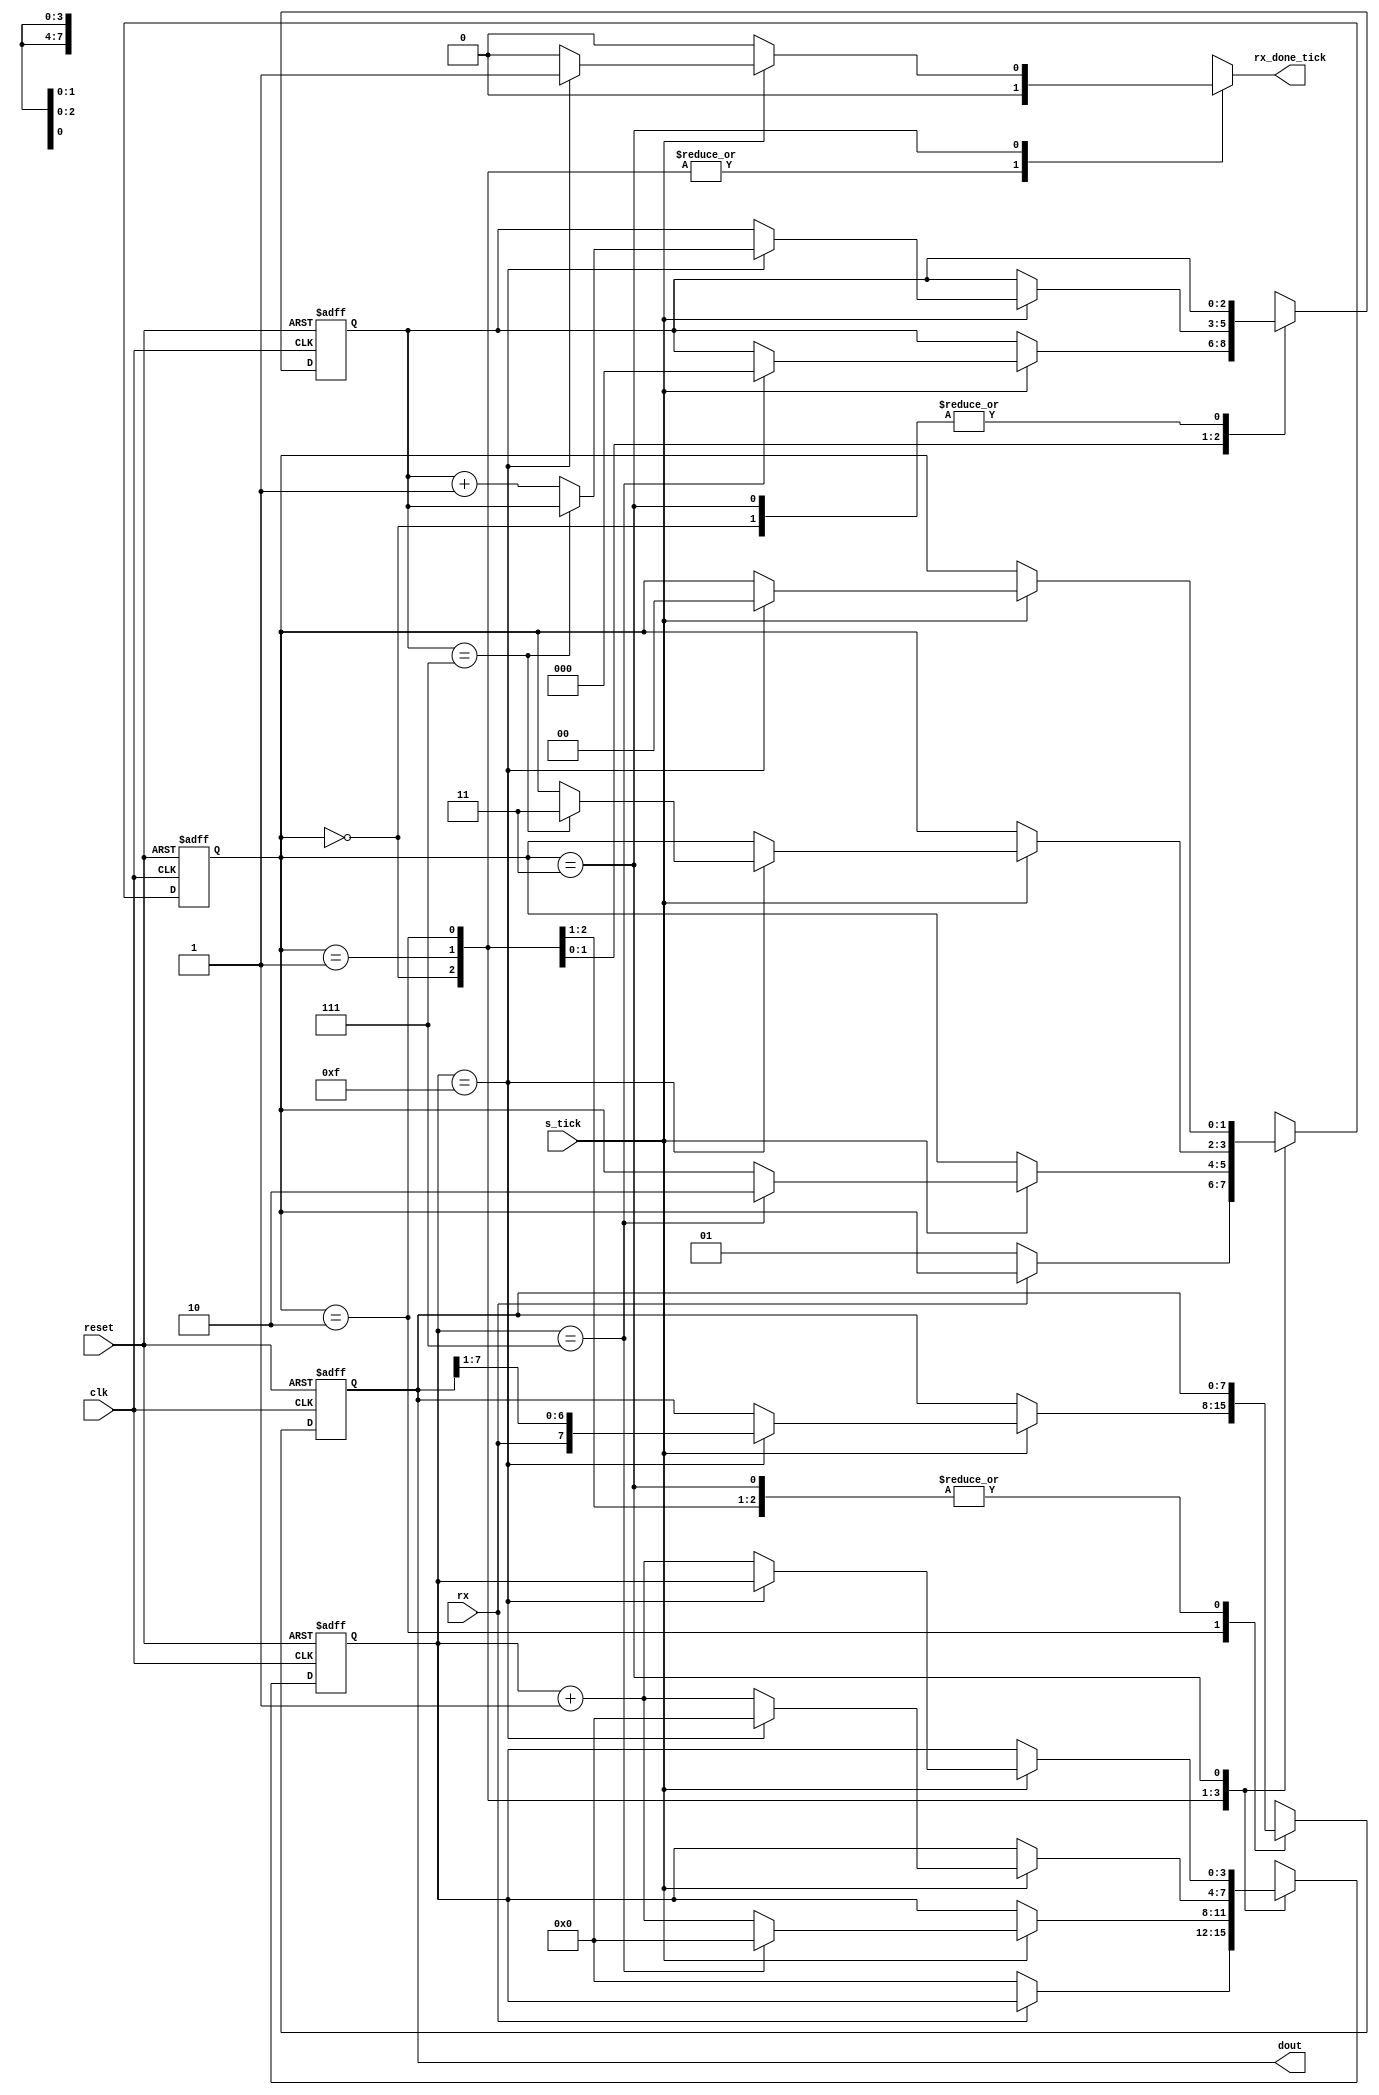
module uart_rx
   #(
     parameter DBIT = 8,     // # data bits
               SB_TICK = 16  // # ticks for stop bits
   )
   (
    input wire clk, reset,
    input wire rx, s_tick,
    output reg rx_done_tick,
    output wire [7:0] dout
   );

   // symbolic state declaration
   localparam [1:0]
      idle  = 2'b00,
      start = 2'b01,
      data  = 2'b10,
      stop  = 2'b11;

   // signal declaration
   reg [1:0] state_reg, state_next;
   reg [3:0] s_reg, s_next;
   reg [2:0] n_reg, n_next;
   reg [7:0] b_reg, b_next;

   // body
   // FSMD state & data registers
   always @(posedge clk, posedge reset)
      if (reset)
         begin
            state_reg <= idle;
            s_reg <= 0;
            n_reg <= 0;
            b_reg <= 0;
         end
      else
         begin
            state_reg <= state_next;
            s_reg <= s_next;
            n_reg <= n_next;
            b_reg <= b_next;
         end

   // FSMD next-state logic
   always @*
   begin
      state_next = state_reg;
      rx_done_tick = 1'b0;
      s_next = s_reg;
      n_next = n_reg;
      b_next = b_reg;
      case (state_reg)
         idle:
            if (~rx)
               begin
                  state_next = start;
                  s_next = 0;
               end
         start:
            if (s_tick)
               if (s_reg==7)
                  begin
                     state_next = data;
                     s_next = 0;
                     n_next = 0;
                  end
               else
                  s_next = s_reg + 1;
         data:
            if (s_tick)
               if (s_reg==15)
                  begin
                     s_next = 0;
                     b_next = {rx, b_reg[7:1]};
                     if (n_reg==(DBIT-1))
                        state_next = stop ;
                      else
                        n_next = n_reg + 1;
                   end
               else
                  s_next = s_reg + 1;
         stop:
            if (s_tick)
               if (s_reg==(SB_TICK-1))
                  begin
                     state_next = idle;
                     rx_done_tick =1'b1;
                  end
               else
                  s_next = s_reg + 1;
      endcase
   end
   // output
   assign dout = b_reg;

endmodule